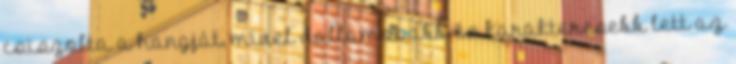
csiszolta a hangját, mivel dallamosabb és karakteresebb lett az